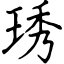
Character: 琇